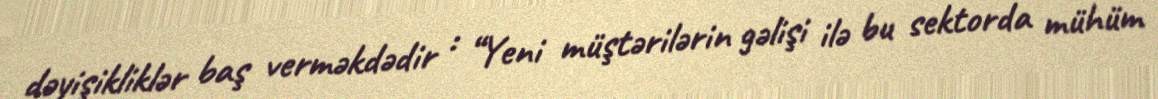
dəyişikliklər baş verməkdədir : “Yeni müştərilərin gəlişi ilə bu sektorda mühüm